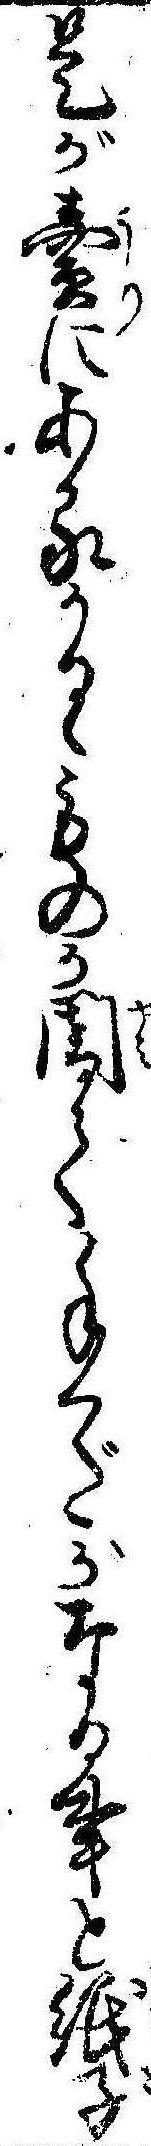
是が売にあるかるゝものか闇て手くだがなる事と紙子